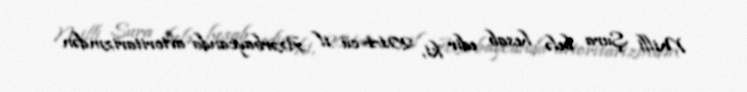
Milli Şura belə hesab edir ki, 2014-cü il Azərbaycanda avtoritarizmdən